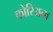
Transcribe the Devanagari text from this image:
कोरिअना